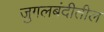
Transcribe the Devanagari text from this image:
जुगलबंदीतील